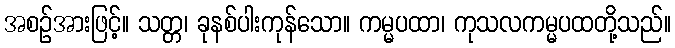
အစဉ်အားဖြင့်။ သတ္တ၊ ခုနစ်ပါးကုန်သော။ ကမ္မပထာ၊ ကုသလကမ္မပထတို့သည်။